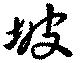
坡